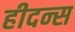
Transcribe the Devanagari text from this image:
हीदन्स